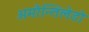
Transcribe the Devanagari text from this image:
अमौन्तिलेडो